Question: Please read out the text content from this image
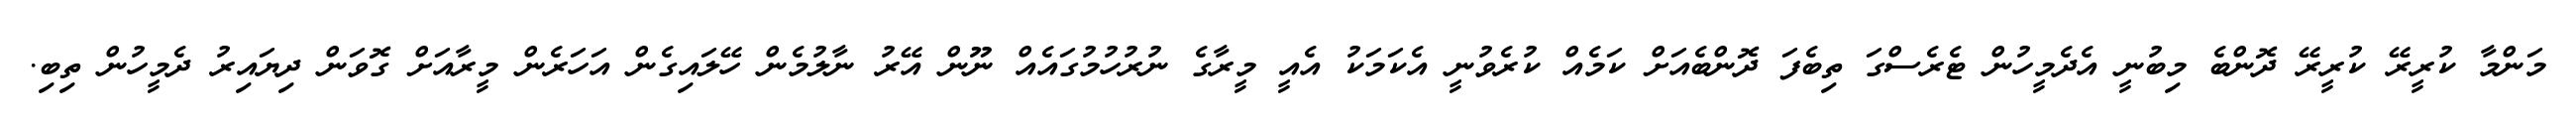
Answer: މަންމާ ކުރީރޭ ކުރީރޭ ދޮންބެ މިބުނީ އެދެމީހުން ޓެރެސްގަ ތިބެފަ ދޮންބެއަށް ކަމެއް ކުރެވުނީ އެކަމަކު އެއީ މީރާގެ ނުރުހުމުގައެއް ނޫން އޭރު ނާލުމެން ހޭލައިގެން އަހަރެން މީރާއަށް ގޮވަން ދިޔައިރު ދެމީހުން ތިބި.